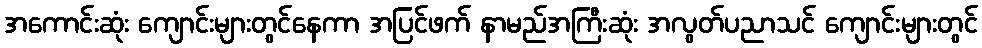
အကောင်းဆုံး ကျောင်းများတွင်နေကာ အပြင်ဖက် နာမည်အကြီးဆုံး အလွတ်ပညာသင် ကျောင်းများတွင်